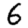
Digit: 6